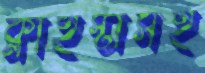
ক্লাইস্টার্সই